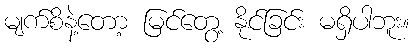
မျက်စိနဲ့တော့ မြင်တွေ့ နိုင်ခြင်း မရှိပါဘူး။